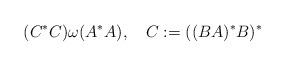
LaTeX: \begin{align*}(C^{*}C)\omega (A^{*}A),\quad C:=((BA)^{*}B)^{*}\end{align*}